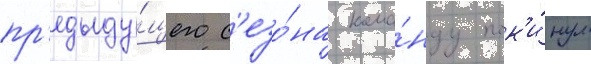
пр'едыду́щего с'езо́на кома́нду пок'и́нул